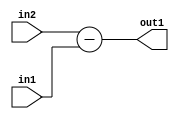
`timescale 1ps / 1ps
/*****************************************************************************
    Verilog RTL Description
    
    
    Created by: Stratus DpOpt 2019.1.01 
*******************************************************************************/

module st_feature_addr_gen_Sub_11Ux1U_12S_4_0 (
	in2,
	in1,
	out1
	); /* architecture "behavioural" */ 
input [10:0] in2;
input  in1;
output [11:0] out1;
wire [11:0] asc001;

assign asc001 = 
	+(in2)
	-(in1);

assign out1 = asc001;
endmodule

/* CADENCE  ubH1SA8= : u9/ySgnWtBlWxVPRXgAZ4Og= ** DO NOT EDIT THIS LINE ******/